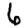
Digit: 6